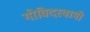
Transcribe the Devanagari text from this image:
गोविदस्वामी